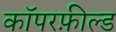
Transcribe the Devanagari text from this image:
कॉपरफ़ील्ड